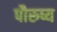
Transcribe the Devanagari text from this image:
पौरुष्य